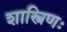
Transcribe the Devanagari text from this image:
शास्त्रिणः